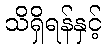
သိရှိရန်နှင့်